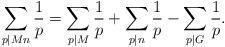
LaTeX: \begin{align*}\sum_{p\mid Mn} \frac{1}{p} =\sum_{p\mid M} \frac{1}{p} + \sum_{p\mid n} \frac{1}{p}-\sum_{p\mid G} \frac{1}{p}.\end{align*}